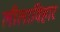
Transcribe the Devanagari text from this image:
लीलाविहार